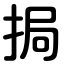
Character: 挶